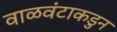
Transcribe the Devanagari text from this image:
वाळवंटाकडुन